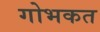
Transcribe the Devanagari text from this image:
गोभकत